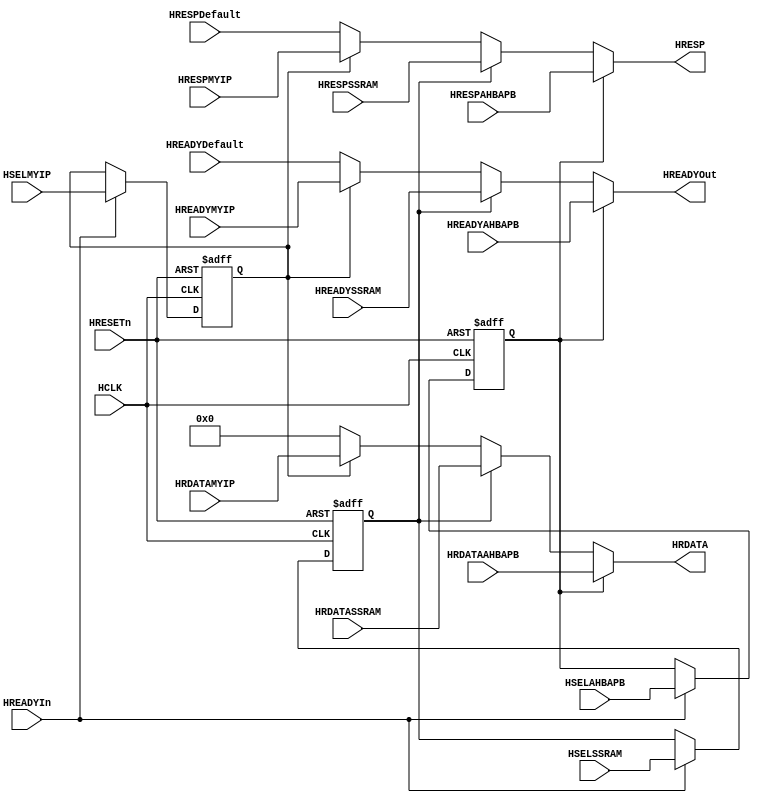
// --=========================================================================--
// This confidential and proprietary software may be used only as
// authorised by a licensing agreement from ARM Limited
//   (C) COPYRIGHT 2000 ARM Limited
//       ALL RIGHTS RESERVED
// The entire notice above must be reproduced on all authorised
// copies and copies may only be made to the extent permitted
// by a licensing agreement from ARM Limited.
//
// -----------------------------------------------------------------------------
// Version and Release Control Information:
//
// File Revision          : $Revision: $
//
// Release Information    : $State: $
//
// -----------------------------------------------------------------------------
// Purpose :
//           Central multiplexor - signals from slaves to masters
//
// --=========================================================================--

`timescale 1ns/1ps

// -----------------------------------------------------------------------------

module AHBMuxS2M (
// Inputs
                  HCLK,
                  HRESETn,
                  HSELAHBAPB,
                  HSELSSRAM,
                  HSELMYIP,
                  HREADYAHBAPB,
                  HREADYSSRAM,
                  HREADYMYIP,
                  HREADYDefault,
                  HRESPAHBAPB,
                  HRESPSSRAM,
                  HRESPMYIP,
                  HRESPDefault,
                  HREADYIn,
                  HRDATAAHBAPB,
                  HRDATASSRAM,
                  HRDATAMYIP,
// Outputs
                  HREADYOut,
                  HRESP,
                  HRDATA
                  );

// Inputs
input         HCLK;          // system bus clock
input         HRESETn;       // reset input (active low)
input         HSELAHBAPB;    // AHB peripheral select - APB bridge
input         HSELSSRAM;     // AHB peripheral select - SSRAM
input         HSELMYIP;     // AHB peripheral select - SSRAM
input         HREADYAHBAPB;  // hready from APB
input         HREADYSSRAM;   // hready from SSRAM
input         HREADYMYIP;   // hready from SSRAM
input         HREADYDefault; // hready from default slave (in decoder)
input   [1:0] HRESPAHBAPB;   // hresponse from APB
input   [1:0] HRESPSSRAM;    // hresponse from SSRAM
input   [1:0] HRESPMYIP;    // hresponse from my IP
input   [1:0] HRESPDefault;  // hresponse from default slave
input         HREADYIn;      // hready in
input  [31:0] HRDATAAHBAPB;  // read data bus from APB
input  [31:0] HRDATASSRAM;   // read data bus from SSRAM
input  [31:0] HRDATAMYIP;   // read data bus from SSRAM

// Outputs
output        HREADYOut;     // muxed hready out
output  [1:0] HRESP;         // muxed response out
output [31:0] HRDATA;        // muxed read data bus out to master(s)

// Inputs
wire          HCLK;          // system bus clock
wire          HRESETn;       // reset input (active low)
wire          HSELAHBAPB;    // AHB peripheral select - APB bridge
wire          HSELSSRAM;     // AHB peripheral select - SSRAM
wire          HREADYAHBAPB;  // hready from APB				         
wire          HREADYSSRAM;   // hready from SSRAM
wire          HREADYDefault; // hready from default slave (in decoder)
wire    [1:0] HRESPAHBAPB;   // hresponse from APB
wire    [1:0] HRESPSSRAM;    // hresponse from SSRAM
wire    [1:0] HRESPMYIP;    // hresponse from my IP
wire    [1:0] HRESPDefault;  // hresponse from default slave
wire          HREADYIn;      // hready in
wire   [31:0] HRDATAAHBAPB;  // read data bus from APB
wire   [31:0] HRDATASSRAM;   // read data bus from SSRAM

// Outputs
wire          HREADYOut;     // muxed hready out
wire    [1:0] HRESP;         // muxed response out
wire   [31:0] HRDATA;        // muxed read data bus out to master(s)

// -----------------------------------------------------------------------------
//
//                                  AHBMuxS2M
//                                  =========
//
// -----------------------------------------------------------------------------
//
// Overview
// ========
// Central multiplexor - signals from slaves to masters
//
// -----------------------------------------------------------------------------

// -----------------------------------------------------------------------------
// Constant declarations
// -----------------------------------------------------------------------------

// -----------------------------------------------------------------------------
// Wire declarations
// -----------------------------------------------------------------------------
wire     iHREADY;
// Internal HREADY used as HSEL register enable

// -----------------------------------------------------------------------------
// Register declarations
// -----------------------------------------------------------------------------
reg      SelAHBAPB;
// Select signal

reg      Selssram;
// Selecct SSRAM

reg      SelMYIP;

// -----------------------------------------------------------------------------
// Function declarations
// -----------------------------------------------------------------------------

// -----------------------------------------------------------------------------
//
// Main body of code
// =================
//
// -----------------------------------------------------------------------------

// -----------------------------------------------------------------------------
// HSEL registers
// Registered HSEL outputs are needed to control the slave output multiplexors,
// as the multiplexors must be switched in the cycle after the HSEL signals
// have been driven.
// -----------------------------------------------------------------------------
always @(negedge HRESETn or posedge HCLK)
begin : p_HSELSeq
  if (HRESETn == 1'b0)
    begin
      SelAHBAPB  <= 1'b0;
      Selssram   <= 1'b0;
      SelMYIP    <= 1'b0;
    end
  else
    if (HREADYIn == 1'b1)
      begin
        SelAHBAPB <= HSELAHBAPB;
        Selssram  <= HSELSSRAM;
        SelMYIP  <= HSELMYIP;
      end
end // p_HSELSeq

// -----------------------------------------------------------------------------
// multiplexors controlling read data and responses from slaves to masters.
// -----------------------------------------------------------------------------
assign HRDATA           = (SelAHBAPB == 1'b1) ?
                          HRDATAAHBAPB : ((Selssram == 1'b1) ?
                          HRDATASSRAM  : ((SelMYIP == 1'b1) ?	
                          HRDATAMYIP   : 32'h00000000));	

assign iHREADY          = (SelAHBAPB == 1'b1) ?
                           HREADYAHBAPB : ((Selssram == 1'b1) ?
                           HREADYSSRAM  : ((SelMYIP == 1'b1) ?
                           HREADYMYIP   : HREADYDefault));

assign HREADYOut        = iHREADY;

assign HRESP            = (SelAHBAPB == 1'b1) ?
                           HRESPAHBAPB  : ((Selssram == 1'b1) ?
                           HRESPSSRAM   : ((SelMYIP == 1'b1) ? 
                           HRESPMYIP   : HRESPDefault)); 

endmodule

// --================================== End ==================================--